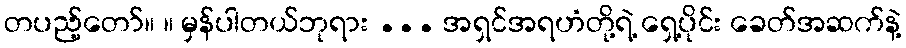
တပည့်တော်။ ။ မှန်ပါတယ်ဘုရား ... အရှင်အရဟံတို့ရဲ့ ရှေ့ပိုင်း ခေတ်အဆက်နဲ့